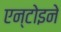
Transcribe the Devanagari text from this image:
एन्टोइने